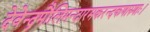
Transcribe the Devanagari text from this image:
देवेन्द्रमौलिमन्दारमकरन्दकणारुणाः।